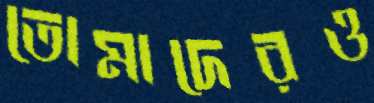
তোমাদেরও